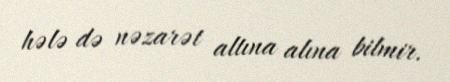
hələ də nəzarət altına alına bilmir.